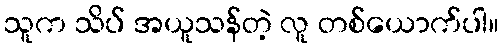
သူက သိပ် အယူသန်တဲ့ လူ တစ်ယောက်ပါ။